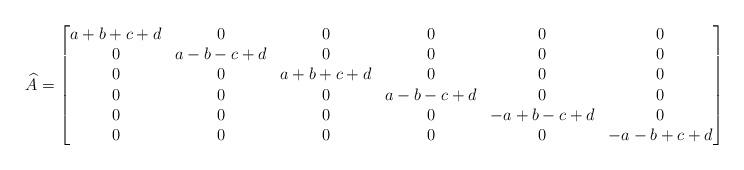
LaTeX: \begin{align*}\widehat{A}=\begin{bmatrix}a+b+c+d & 0 &0 &0 &0 &0\\0 & a-b-c+d & 0 &0 &0 &0 \\0 & 0 & a+b+c+d & 0 & 0 & 0\\0 &0 &0 & a-b-c+d & 0& 0\\0 &0 & 0 &0 &-a+b-c+d & 0\\0 &0 &0 &0 &0 & -a-b+c+d \end{bmatrix}\end{align*}